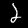
Label: 2